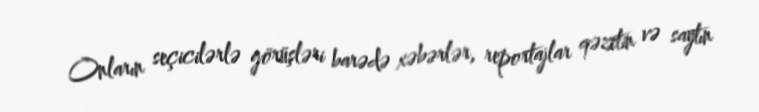
Onların seçicilərlə görüşləri barədə xəbərlər, reportajlar qəzetin və saytın